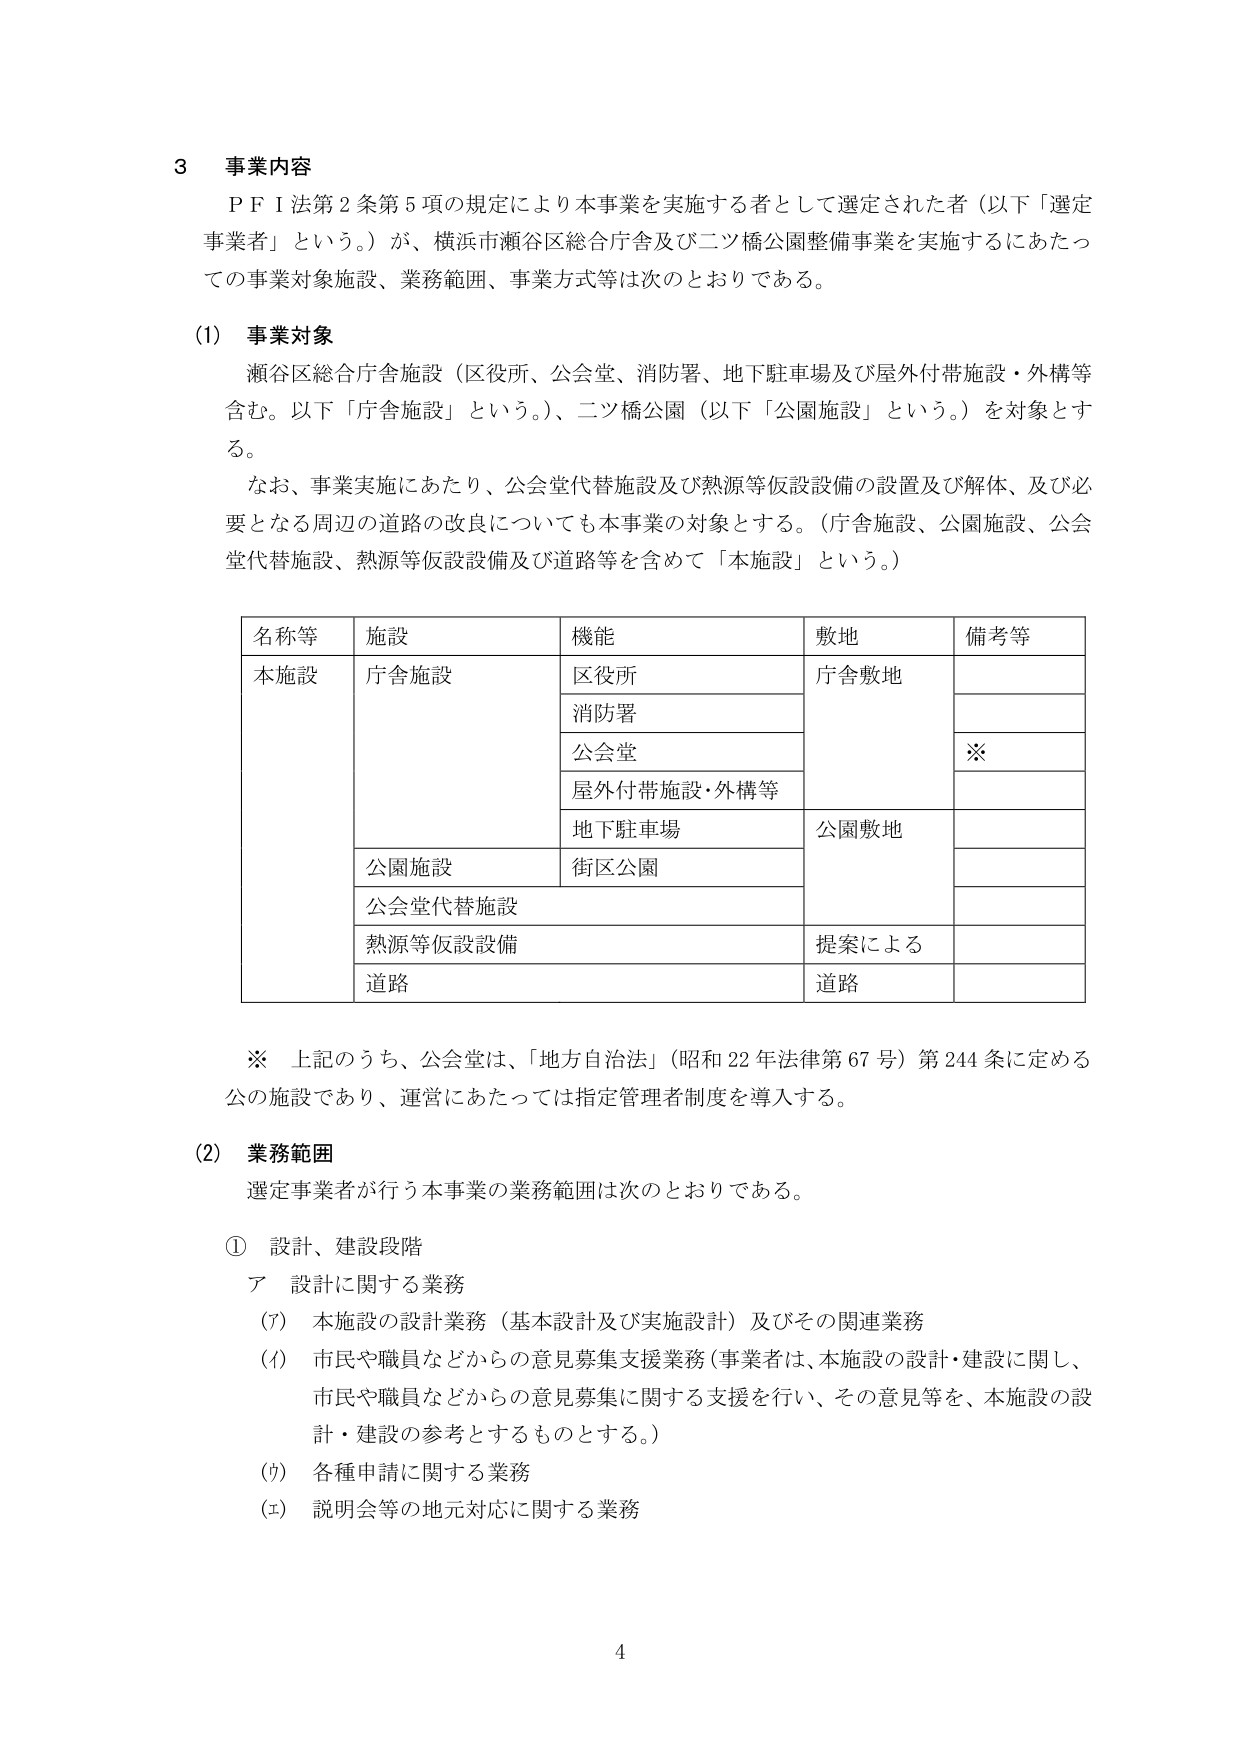
3 事業内容
ＰＦＩ法第2条第5項の規定により本事業を実施する者として選定された者（以下「選定事業者」という。）が、横浜市瀬谷区総合庁舎及び二ツ橋公園整備事業を実施するにあたっての事業対象施設、業務範囲、事業方式等は次のとおりである。

(1) 事業対象
瀬谷区総合庁舎施設（区役所、公会堂、消防署、地下駐車場及び屋外付帯施設・外構等含む。以下「庁舎施設」という。）、二ツ橋公園（以下「公園施設」という。）を対象とする。
なお、事業実施にあたり、公会堂代替施設及び熱源等仮設備の設置及び解体、及び必要となる周辺の道路の改良についても本事業の対象とする。（庁舎施設、公園施設、公会堂代替施設、熱源等仮設備及び道路等を含めて「本施設」という。）

| 名称等 | 施設 | 機能 | 敷地 | 備考等 |
|--------|------|------|------|--------|
| 本施設 | 庁舎施設 | 区役所 | 庁舎敷地 | |
| | | 消防署 | | |
| | | 公会堂 | | ※ |
| | | 屋外付帯施設・外構等 | | |
| | | 地下駐車場 | 公園敷地 | |
| | 公園施設 | 街区公園 | | |
| | 公会堂代替施設 | | | |
| | 熱源等仮設備 | | 提案による | |
| | 道路 | | 道路 | |

※ 上記のうち、公会堂は、「地方自治法」（昭和22年法律第67号）第244条に定める公の施設であり、運営にあたっては指定管理者制度を導入する。

(2) 業務範囲
選定事業者が行う本事業の業務範囲は次のとおりである。

① 設計、建設段階
ア 設計に関する業務
(ｱ) 本施設の設計業務（基本設計及び実施設計）及びその関連業務
(ｲ) 市民や職員などからの意見募集支援業務（事業者は、本施設の設計・建設に関し、市民や職員などからの意見募集に関する支援を行い、その意見等を、本施設の設計・建設の参考とするものとする。）
(ｳ) 各種申請に関する業務
(ｴ) 説明会等の地元対応に関する業務

4